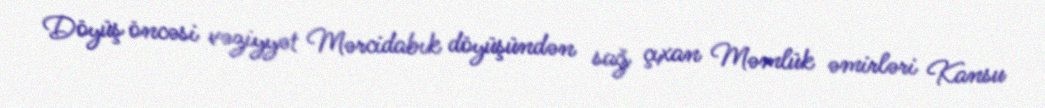
Döyüş öncəsi vəziyyət Mərcidabık döyüşündən sağ çıxan Məmlük əmirləri Kansu